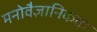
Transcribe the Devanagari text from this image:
मनोवैज्ञानिकता